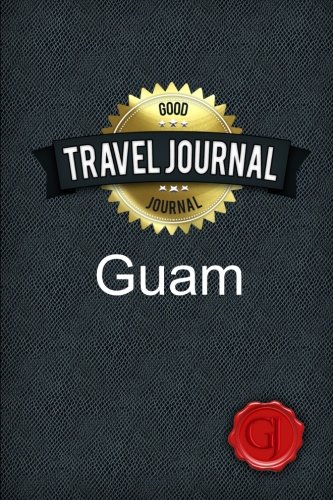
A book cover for Travel Journal Guam; Good Journal; Travel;